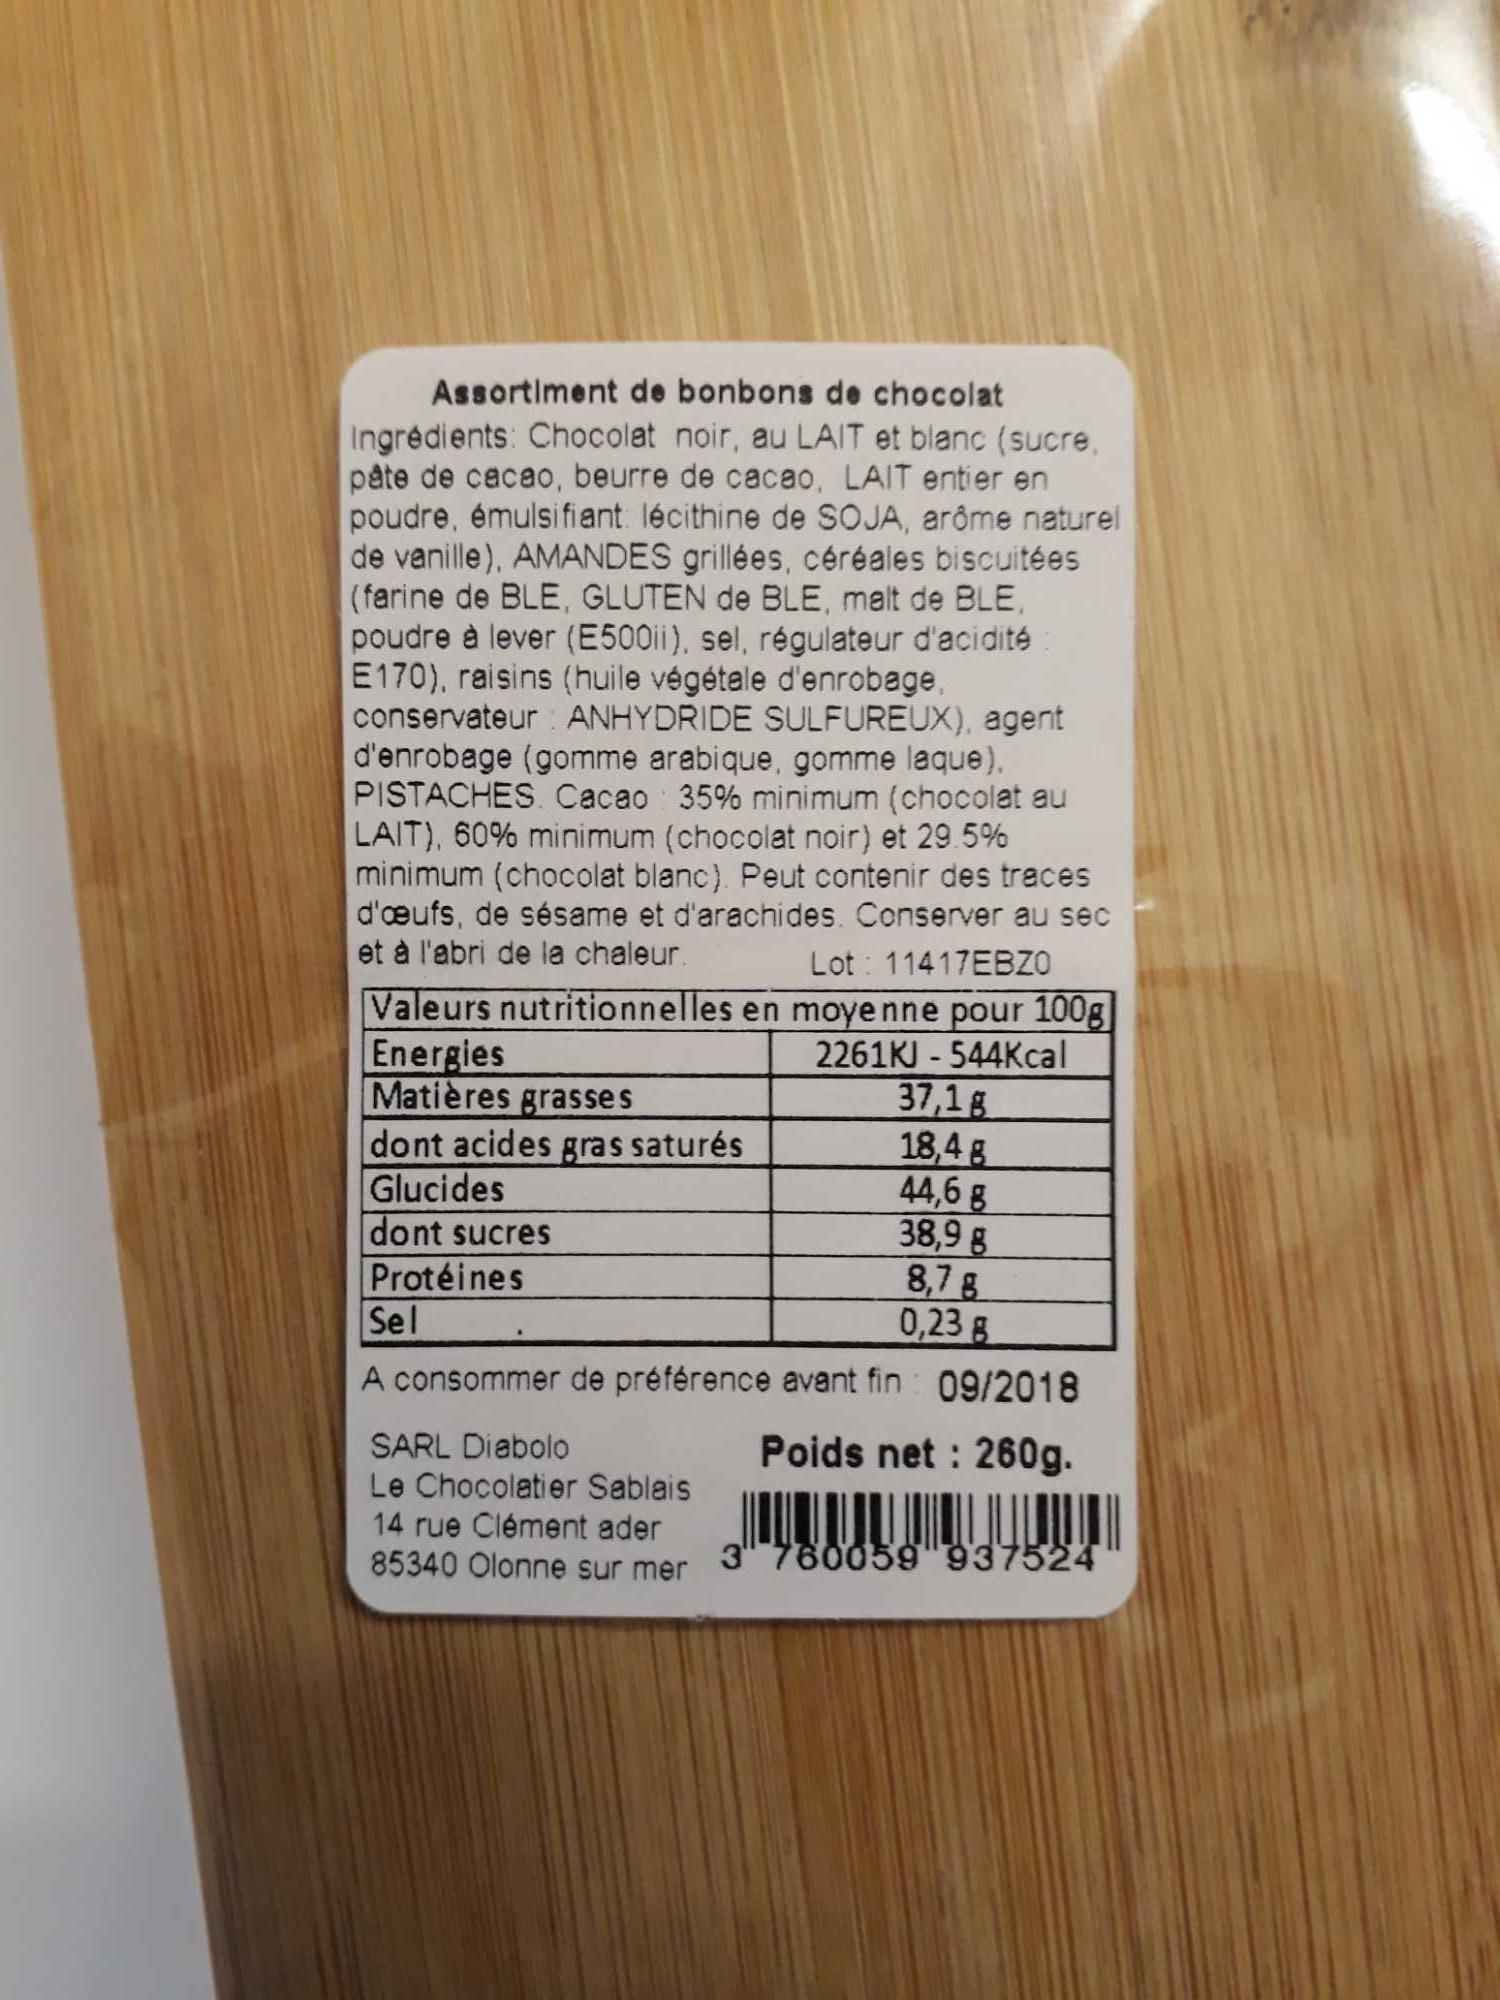
Assortiment de bonbons de chocolat
Ingrédients: Chocolat noir, au LAIT et blanc (sucre, pâte de cacao, beurre de cacao, LAIT entier en poudre, émulsifiant: lécithine de SOJA, arôme naturel de vanille), AMANDES grillées, céréales biscuitées (farine de BLE, GLUTEN de BLE, malt de BLE, poudre à lever (E500ii), sel, régulateur d'acidité E170), raisins (huile végétale d'enrobage, conservateur ANHYDRIDE SULFUREUX), agent d'enrobage (gomme arabique, gomme laque). PISTACHES. Cacao 35% minimum (chocolat au LAIT), 60% minimum (chocolat noir) et 29.5% minimum (chocolat blanc). Peut contenir des traces d'oeufs, de sésame et d'arachides. Conserver au sec et à l'abri de la chaleur. Lot 11417EBZO Valeurs nutritionnelles en moyenne pour 100g
Energies
Matières grasses
dont acides gras saturés
Glucides
dont sucres
Protéines
2261KJ-544Kcal 37,18
18,4 g
44,68
38,9 g
8,78
Sel
0,23 g
A consommer de préférence avant fin: 09/2018
SARL Diabolo
Poids net: 260g.
Le Chocolatier Sablais
14 rue Clément ader
KUJIU JU
85340 Olonne sur mer 3 760059 937524